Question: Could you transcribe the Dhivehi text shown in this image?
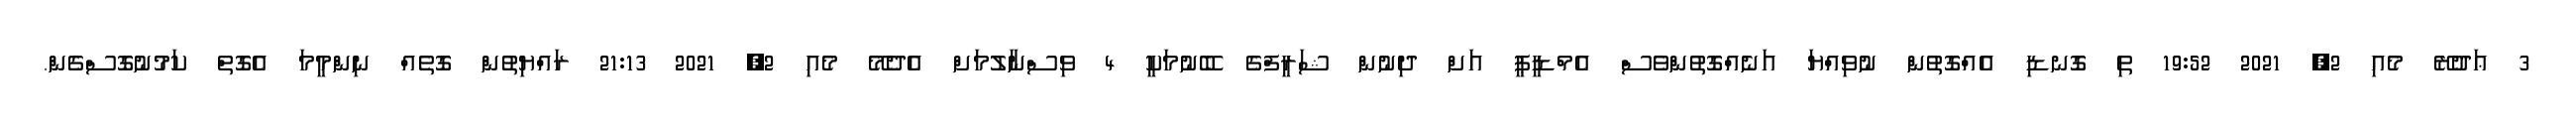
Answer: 3 ޢަދުރޭ މެއި 2, 2021 19:52 ތި ގޮނޑި އެއްގޮތުން ނުވިއްޔަ އަނެއްގޮތުންވެސް އެމްޑީޕީ އަށް ދިނުން ޝަރީފްގެ ބޭނުމަކީ 4 ވިސްނާލުމަށް އެދެމޭ މެއި 2, 2021 21:13 ރައްޔިތުން ގޮތެއް ނިންމީމަ އެގޮތް ކަމުނުގޮސްގެން.